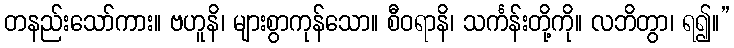
တနည်းသော်ကား။ ဗဟူနိ၊ များစွာကုန်သော။ စီဝရာနိ၊ သင်္ကန်းတို့ကို။ လဘိတွာ၊ ရ၍။”